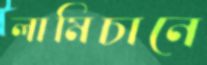
লামিচানে